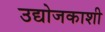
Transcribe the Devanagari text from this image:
उद्योजकाशी